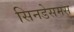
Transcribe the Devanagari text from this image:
सिनडेसमस